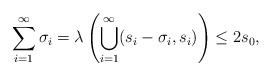
\begin{align*}\sum_{i=1}^\infty\sigma_i = \lambda \left( \bigcup_{i=1}^\infty (s_i - \sigma_i , s_i) \right) \leq 2s_0,\end{align*}